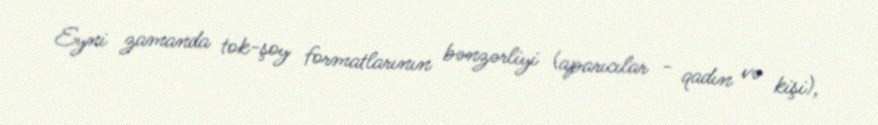
Eyni zamanda tok-şoy formatlarının bənzərliyi (aparıcılar - qadın və kişi),